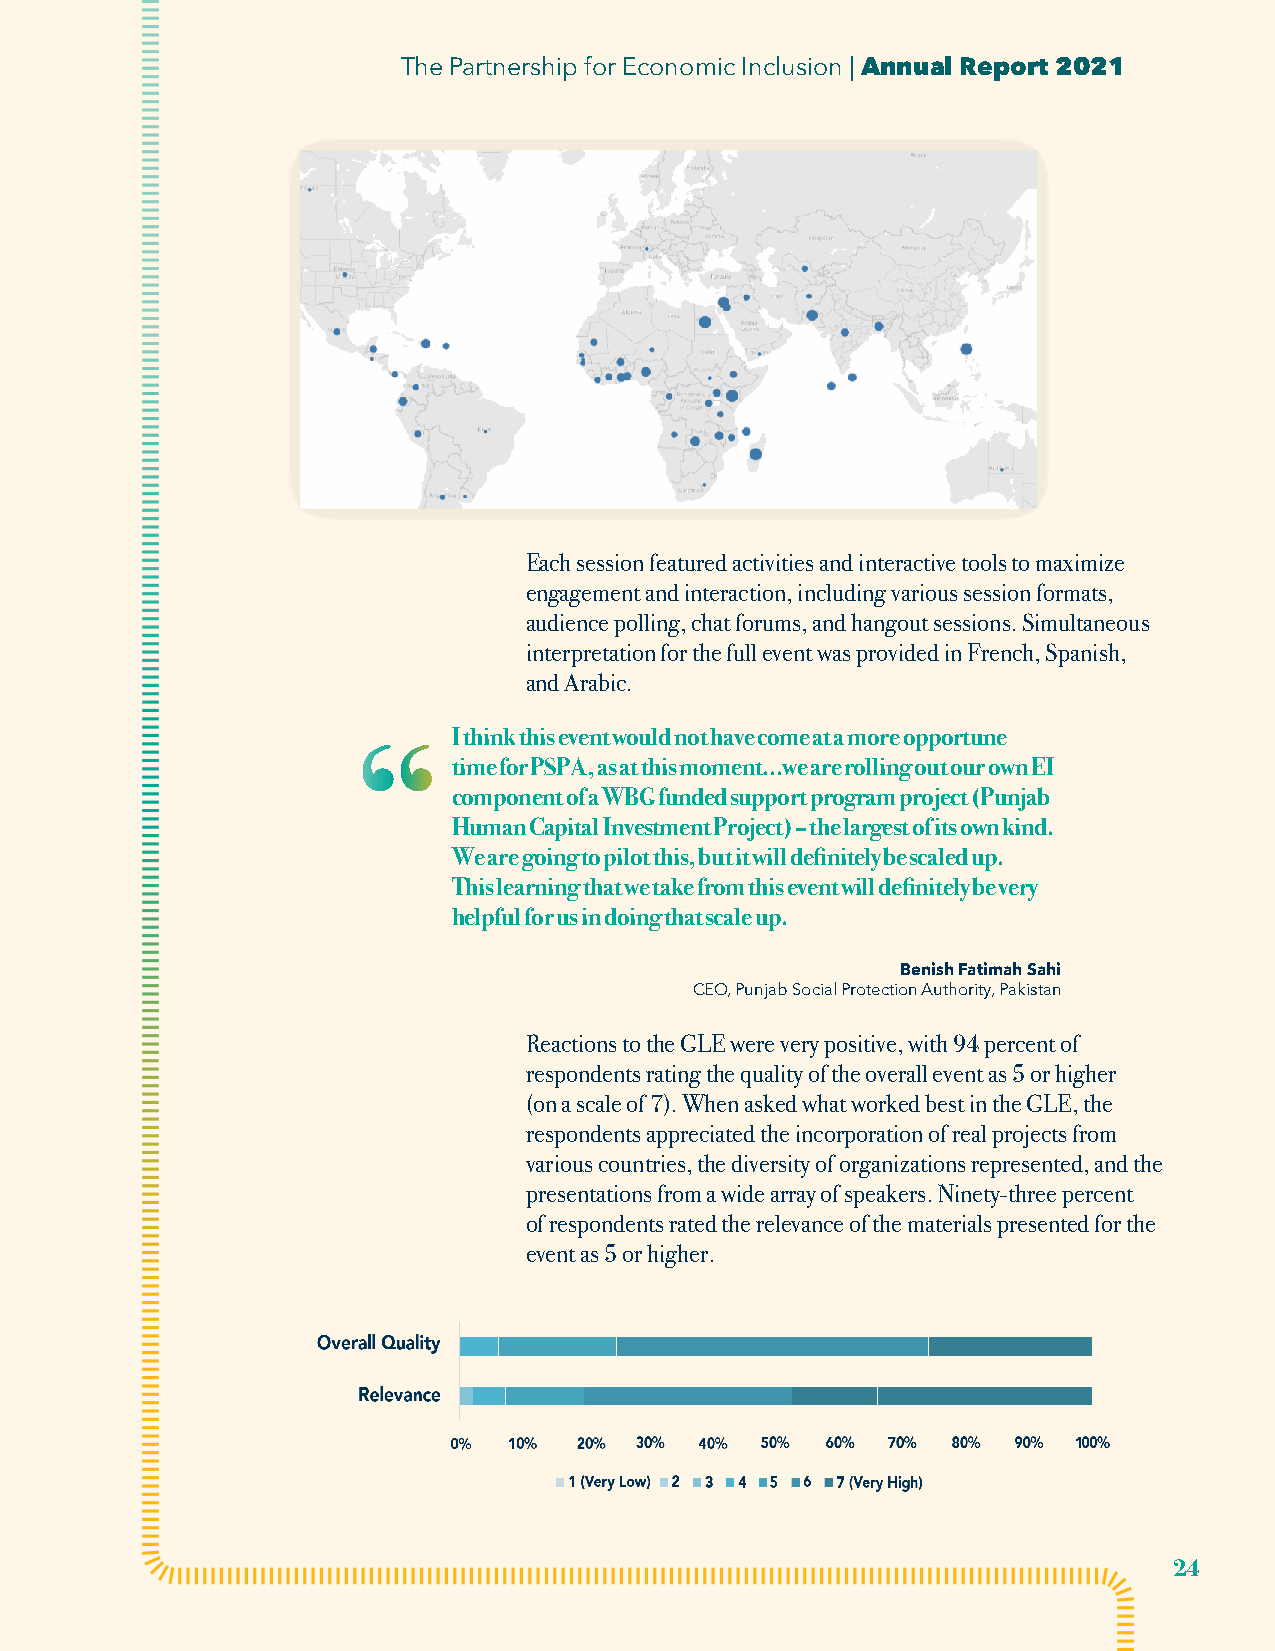
The Partnership for Economic Inclusion | Annual Report 2021
 Each session featured activities and interactive tools to maximize
 engagement and interaction, including various session formats,
 audience polling, chat forums, and hangout sessions. Simultaneous
 interpretation for the full event was provided in French, Spanish,
 and Arabic.
 I think this event would not have come at a more opportune
 “
 time for PSPA, as at this moment…we are rolling out our own EI
 component of a WBG funded support program project (Punjab
 Human Capital Investment Project) – the largest of its own kind.
 We are going to pilot this, but it will definitely be scaled up.
 This learning that we take from this event will definitely be very
 helpful for us in doing that scale up.
 Benish Fatimah Sahi
 CEO, Punjab Social Protection Authority, Pakistan
 Reactions to the GLE were very positive, with 94 percent of
 respondents rating the quality of the overall event as 5 or higher
 (on a scale of 7). When asked what worked best in the GLE, the
 respondents appreciated the incorporation of real projects from
 various countries, the diversity of organizations represented, and the
 presentations from a wide array of speakers. Ninety-three percent
 of respondents rated the relevance of the materials presented for the
 event as 5 or higher.
 24